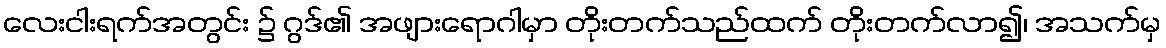
လေးငါးရက်အတွင်း ၌ ဂွဒ်၏ အဖျားရောဂါမှာ တိုးတက်သည်ထက် တိုးတက်လာ၍၊ အသက်မှ